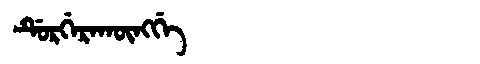
Manchu: ᡩᡠᡵᡤᡝᡵᠠᡴᡡᠩᡤᡝ
Romanization: DURGERAKŪNGGE